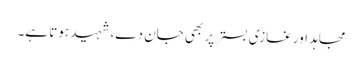
مجاہد اور غازی بستر پر بھی جان دے، شہید ہوتا ہے۔